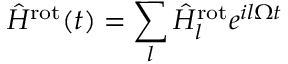
\hat { H } ^ { \mathrm { r o t } } ( t ) = \sum _ { l } \hat { H } _ { l } ^ { \mathrm { r o t } } e ^ { i l \Omega t }